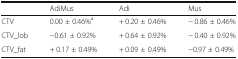
|  | AdiMus | Adi | Mus |
 | --- | --- | --- | --- |
 | CTV | 0.00 ± 0.46%a | + 0.20 ± 0.46% | − 0.86 ± 0.46% |
 | CTV_lob | −0.61 ± 0.92% | + 0.64 ± 0.92% | − 0.40 ± 0.92% |
 | CTV_fat | + 0.17 ± 0.49% | + 0.09 ± 0.49% | −0.97 ± 0.49% |